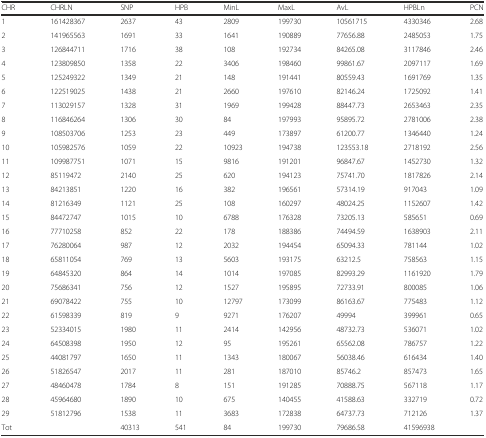
<table><thead><tr><td><b>CHR</b></td><td><b>CHRLN</b></td><td><b>SNP</b></td><td><b>HPB</b></td><td><b>MinL</b></td><td><b>MaxL</b></td><td><b>AvL</b></td><td><b>HPBLn</b></td><td><b>PCN</b></td></tr></thead><tbody><tr><td>1</td><td>161428367</td><td>2637</td><td>43</td><td>2809</td><td>199730</td><td>10561715</td><td>4330346</td><td>2.68</td></tr><tr><td>2</td><td>141965563</td><td>1691</td><td>33</td><td>1641</td><td>190889</td><td>77656.88</td><td>2485053</td><td>1.75</td></tr><tr><td>3</td><td>126844711</td><td>1716</td><td>38</td><td>108</td><td>192734</td><td>84265.08</td><td>3117846</td><td>2.46</td></tr><tr><td>4</td><td>123809850</td><td>1358</td><td>22</td><td>3406</td><td>198460</td><td>99861.67</td><td>2097117</td><td>1.69</td></tr><tr><td>5</td><td>125249322</td><td>1349</td><td>21</td><td>148</td><td>191441</td><td>80559.43</td><td>1691769</td><td>1.35</td></tr><tr><td>6</td><td>122519025</td><td>1438</td><td>21</td><td>2660</td><td>197610</td><td>82146.24</td><td>1725092</td><td>1.41</td></tr><tr><td>7</td><td>113029157</td><td>1328</td><td>31</td><td>1969</td><td>199428</td><td>88447.73</td><td>2653463</td><td>2.35</td></tr><tr><td>8</td><td>116846264</td><td>1306</td><td>30</td><td>84</td><td>197993</td><td>95895.72</td><td>2781006</td><td>2.38</td></tr><tr><td>9</td><td>108503706</td><td>1253</td><td>23</td><td>449</td><td>173897</td><td>61200.77</td><td>1346440</td><td>1.24</td></tr><tr><td>10</td><td>105982576</td><td>1059</td><td>22</td><td>10923</td><td>194738</td><td>123553.18</td><td>2718192</td><td>2.56</td></tr><tr><td>11</td><td>109987751</td><td>1071</td><td>15</td><td>9816</td><td>191201</td><td>96847.67</td><td>1452730</td><td>1.32</td></tr><tr><td>12</td><td>85119472</td><td>2140</td><td>25</td><td>620</td><td>194123</td><td>75741.70</td><td>1817826</td><td>2.14</td></tr><tr><td>13</td><td>84213851</td><td>1220</td><td>16</td><td>382</td><td>196561</td><td>57314.19</td><td>917043</td><td>1.09</td></tr><tr><td>14</td><td>81216349</td><td>1121</td><td>25</td><td>108</td><td>160297</td><td>48024.25</td><td>1152607</td><td>1.42</td></tr><tr><td>15</td><td>84472747</td><td>1015</td><td>10</td><td>6788</td><td>176328</td><td>73205.13</td><td>585651</td><td>0.69</td></tr><tr><td>16</td><td>77710258</td><td>852</td><td>22</td><td>178</td><td>188386</td><td>74494.59</td><td>1638903</td><td>2.11</td></tr><tr><td>17</td><td>76280064</td><td>987</td><td>12</td><td>2032</td><td>194454</td><td>65094.33</td><td>781144</td><td>1.02</td></tr><tr><td>18</td><td>65811054</td><td>769</td><td>13</td><td>5603</td><td>193175</td><td>63212.5</td><td>758563</td><td>1.15</td></tr><tr><td>19</td><td>64845320</td><td>864</td><td>14</td><td>1014</td><td>197085</td><td>82993.29</td><td>1161920</td><td>1.79</td></tr><tr><td>20</td><td>75686341</td><td>756</td><td>12</td><td>1527</td><td>195895</td><td>72733.91</td><td>800085</td><td>1.06</td></tr><tr><td>21</td><td>69078422</td><td>755</td><td>10</td><td>12797</td><td>173099</td><td>86163.67</td><td>775483</td><td>1.12</td></tr><tr><td>22</td><td>61598339</td><td>819</td><td>9</td><td>9271</td><td>176207</td><td>49994</td><td>399961</td><td>0.65</td></tr><tr><td>23</td><td>52334015</td><td>1980</td><td>11</td><td>2414</td><td>142956</td><td>48732.73</td><td>536071</td><td>1.02</td></tr><tr><td>24</td><td>64508398</td><td>1950</td><td>12</td><td>95</td><td>195261</td><td>65562.08</td><td>786757</td><td>1.22</td></tr><tr><td>25</td><td>44081797</td><td>1650</td><td>11</td><td>1343</td><td>180067</td><td>56038.46</td><td>616434</td><td>1.40</td></tr><tr><td>26</td><td>51826547</td><td>2017</td><td>11</td><td>281</td><td>187010</td><td>85746.2</td><td>857473</td><td>1.65</td></tr><tr><td>27</td><td>48460478</td><td>1784</td><td>8</td><td>151</td><td>191285</td><td>70888.75</td><td>567118</td><td>1.17</td></tr><tr><td>28</td><td>45964680</td><td>1890</td><td>10</td><td>675</td><td>140455</td><td>41588.63</td><td>332719</td><td>0.72</td></tr><tr><td>29</td><td>51812796</td><td>1538</td><td>11</td><td>3683</td><td>172838</td><td>64737.73</td><td>712126</td><td>1.37</td></tr><tr><td>Tot</td><td></td><td>40313</td><td>541</td><td>84</td><td>199730</td><td>79686.58</td><td>41596938</td><td></td></tr></tbody></table>